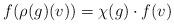
LaTeX: \begin{align*}f(\rho(g)(v))=\chi(g)\cdot f(v)\end{align*}